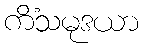
ကိံသမုဒယာ